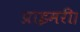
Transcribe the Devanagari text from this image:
प्राइमरी।